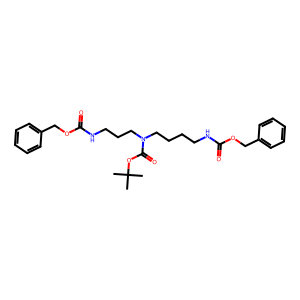
SMILES: CC(C)(C)OC(=O)N(CCCCNC(=O)OCc1ccccc1)CCCNC(=O)OCc1ccccc1
Inhibits HIV replication: No